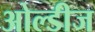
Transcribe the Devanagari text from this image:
ओल्डीज